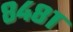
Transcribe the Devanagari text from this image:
८४८१